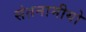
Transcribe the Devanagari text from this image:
संतनामीयो